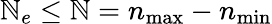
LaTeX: \mathbb{N}_{e}\le\mathbb{N}=n_{\mathrm{{max}}}-n_{\mathrm{{min}}}